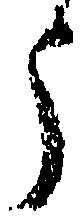
う